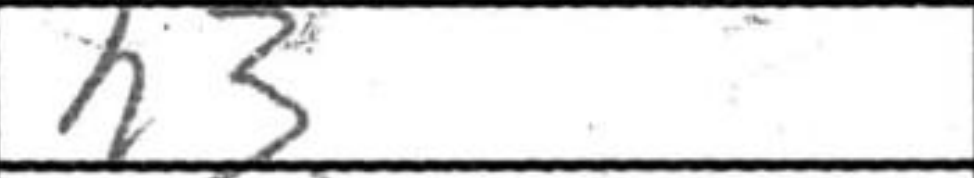
Transcription: h3